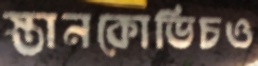
স্তানকোভিচও